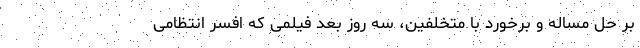
بر حل مساله و برخورد با متخلفین، سه روز بعد فیلمی که افسر انتظامی